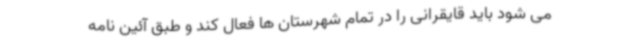
می شود باید قایقرانی را در تمام شهرستان ها فعال کند و طبق آئین نامه